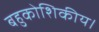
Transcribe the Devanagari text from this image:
बहुकोशिकीय।